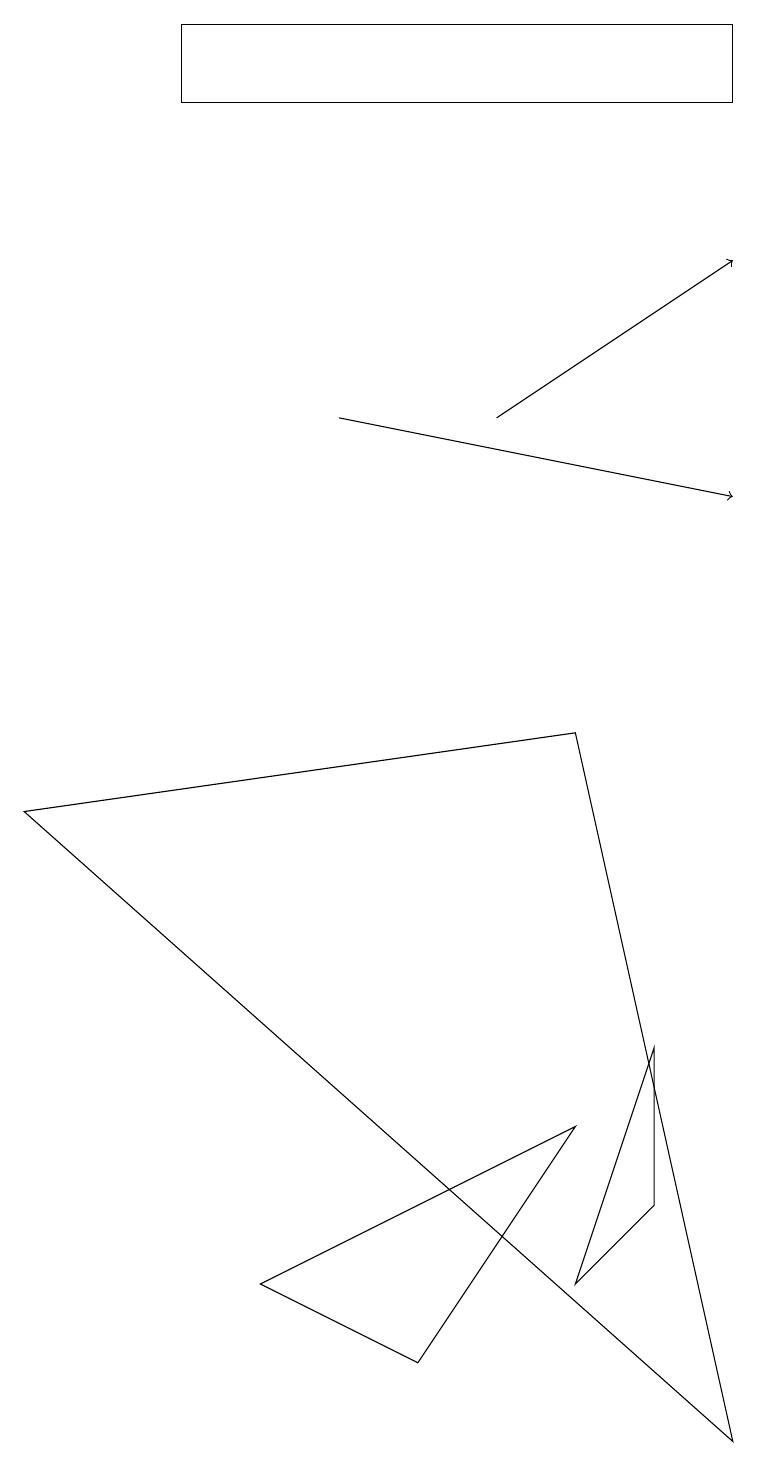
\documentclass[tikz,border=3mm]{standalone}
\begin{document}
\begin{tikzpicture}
\draw[->] (4,13) -- (9,12);
\draw (9,17) rectangle (2,18);
\draw (5,1) -- (3,2) -- (7,4) -- cycle;
\draw (8,3) -- (8,5) -- (7,2) -- cycle;
\draw (0,8) -- (7,9) -- (9,0) -- cycle;
\draw[->] (6,13) -- (9,15);
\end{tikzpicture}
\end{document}